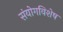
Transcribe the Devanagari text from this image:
संयोगविशेष